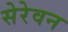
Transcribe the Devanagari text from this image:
सेरेवन